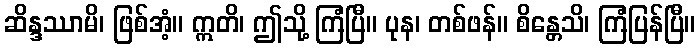
ဆိန္ဒဿာမိ၊ ဖြစ်အံ့။ ဣတိ၊ ဤသို့ ကြံပြီ။ ပုန၊ တစ်ဖန်။ စိန္တေသိ၊ ကြံပြန်ပြီ။